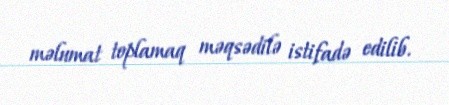
məlumat toplamaq məqsədilə istifadə edilib.